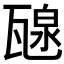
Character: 𤭯